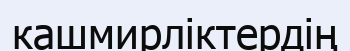
кашмирліктердің